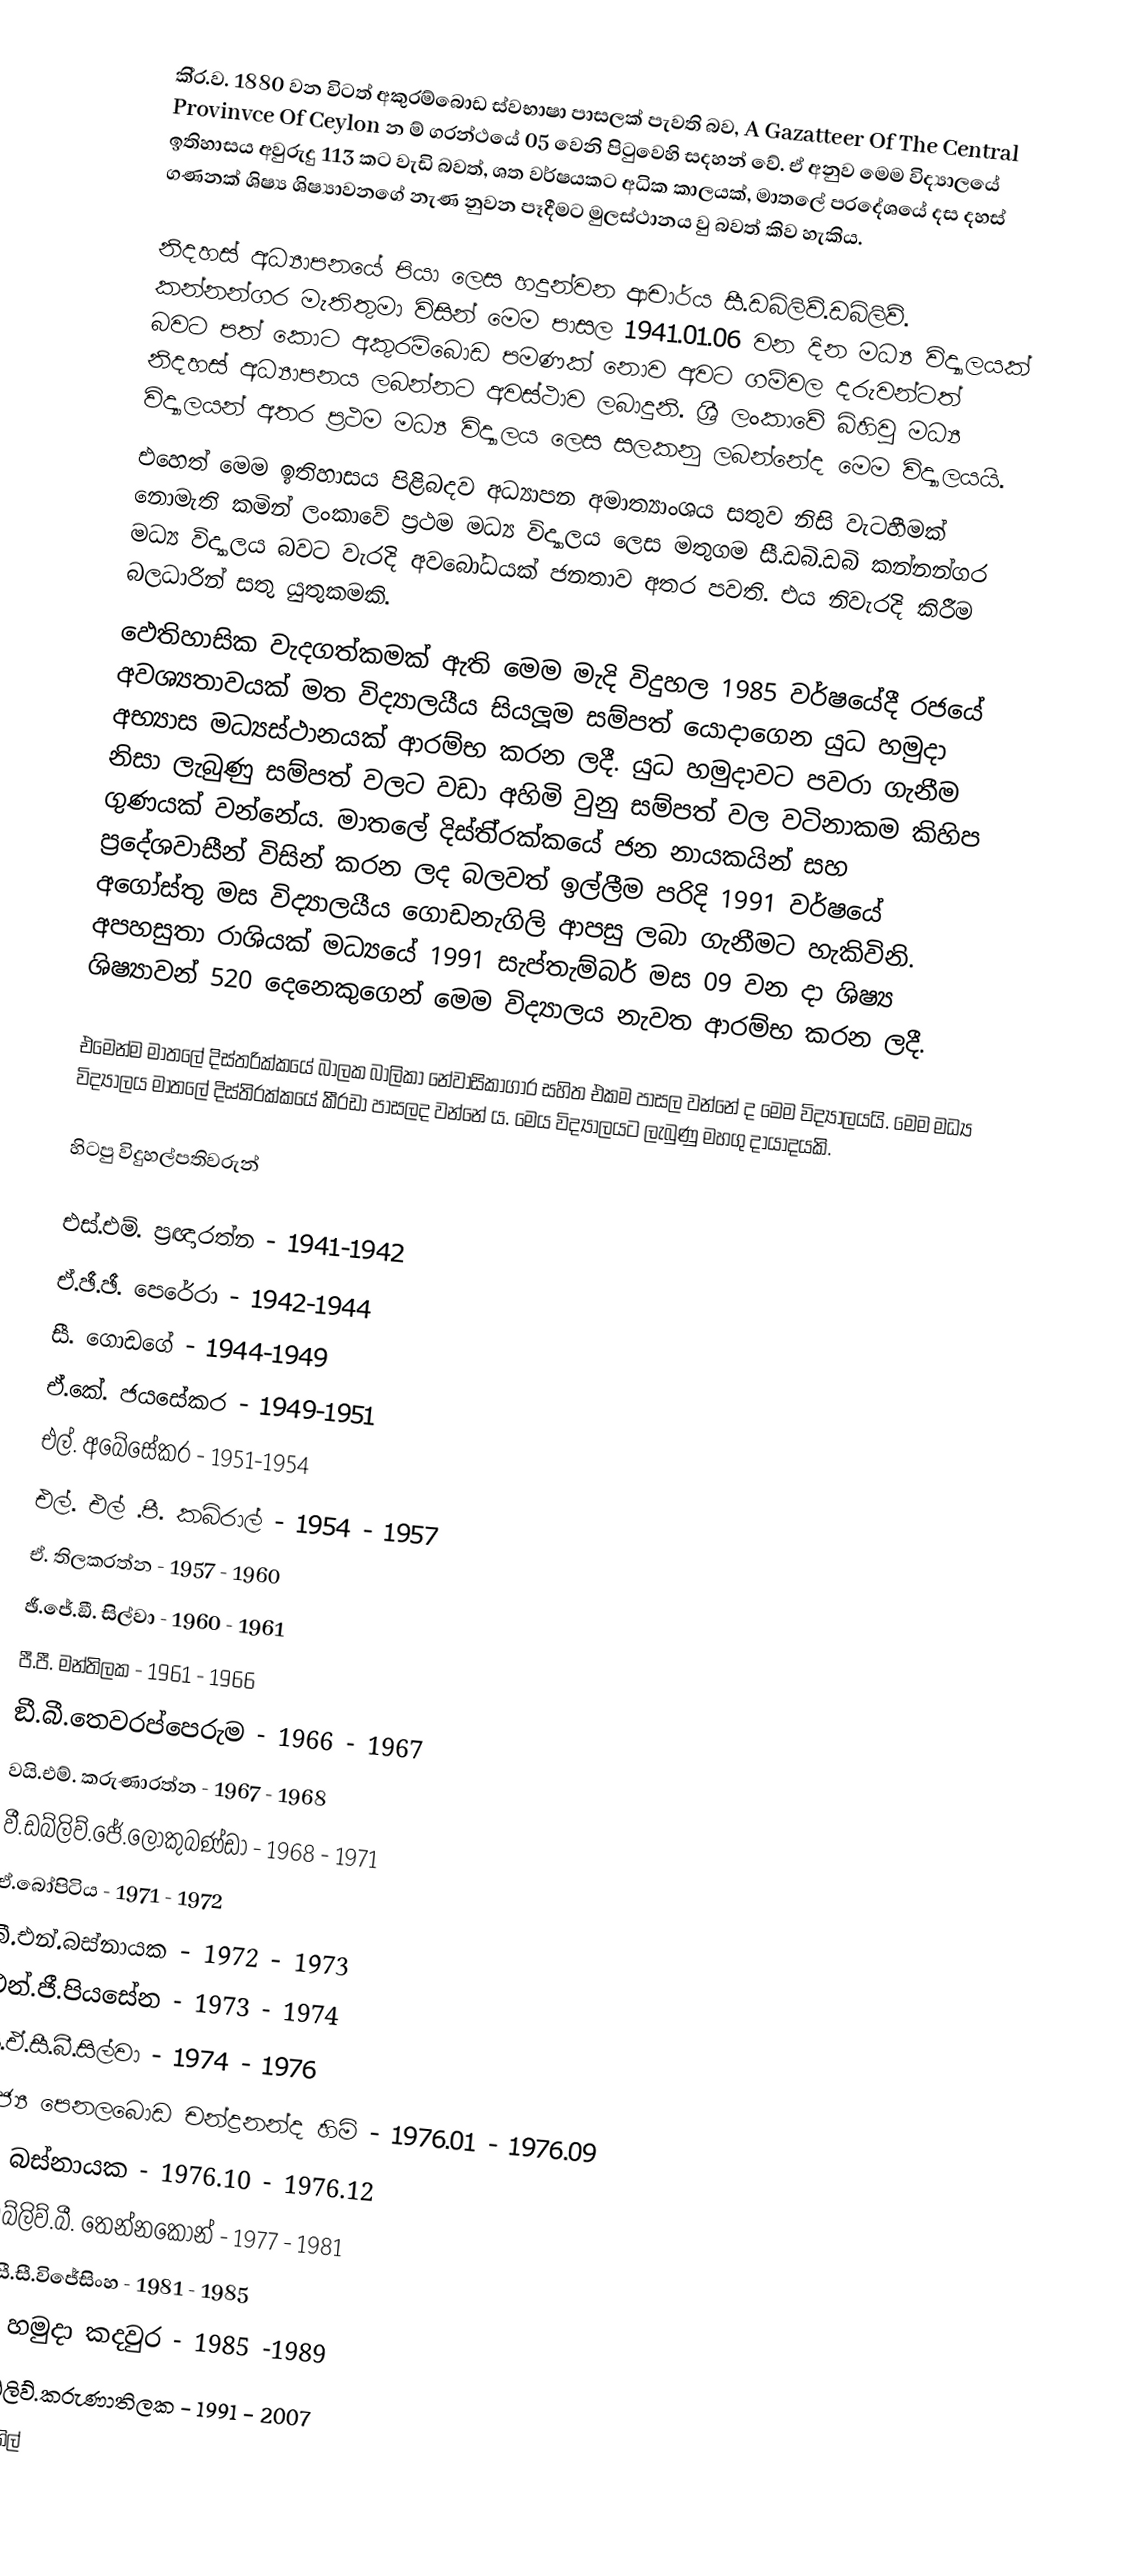
කි‍්‍ර.ව. 1880 වන විටත් අකුරම්බොඩ ස්වභාෂා පාසලක් පැවති බව, A Gazatteer Of The Central Provinvce Of Ceylon න ම් ග‍්‍රන්ථයේ 05 වෙනි පිටුවෙහි සදහන් වේ. ඒ අනුව මෙම විද්‍යාලයේ ඉතිහාසය අවුරුදු 113 කට වැඩි බවත්, ශත වර්ෂයකට අධික කාලයක්, මාතලේ ප‍්‍රදේශයේ දස දහස් ගණනක් ශිෂ්‍ය ශිෂ්‍යාවනගේ නැණ නුවන පෑදීමට මුලස්ථානය වු බවත් කිව හැකිය.

නිදහස් අධ්‍යාපනයේ පියා ලෙස හදුන්වන ආචාර්ය සී.ඩබ්ලිව්.ඩබ්ලිව්. කන්නන්ගර මැතිතුමා විසින් මෙම පාසල 1941.01.06 වන දින මධ්‍ය විද්‍යාලයක් බවට පත් කොට අකුරම්බොඩ පමණක් නොව අවට ගම්වල දරුවන්ටත් නිදහස් අධ්‍යාපනය ලබන්නට අවස්ථාව ලබාදුනි. ශ්‍රී ලංකාවේ බිහිවු මධ්‍ය විද්‍යාලයන් අතර ප්‍රථම මධ්‍ය විද්‍යාලය ලෙස සලකනු ලබන්නේද මෙම විද්‍යාලයයි.
 එහෙත්  මෙම ඉතිහාසය පිළිබදව අධ්‍යාපන අමාත්‍යාංශය සතුව නිසි වැටහීමක් නොමැති කමින් ලංකාවේ ප්‍රථම මධ්‍ය විද්‍යාලය ලෙස මතුගම සී.ඩබි.ඩබි කන්නන්ගර මධ්‍ය විද්‍යාලය බවට වැරදි අවබෝධයක් ජනතාව අතර  පවති. එය නිවැරදි කිරීම බලධාරින් සතු යුතුකමකි.
ඵෙතිහාසික වැදගත්කමක් ඇති මෙම මැදි විදුහල 1985 වර්ෂයේදී රජයේ අවශ්‍යතාවයක් මත විද්‍යාලයීය සියලූම සම්පත් යොදාගෙන යුධ හමුදා අභ්‍යාස මධ්‍යස්ථානයක් ආරම්භ කරන ලදී. යුධ හමුදාවට පවරා ගැනීම නිසා ලැබුණු සම්පත් වලට වඩා අහිමි වුනු සම්පත් වල වටිනාකම කිහිප ගුණයක් වන්නේය. මාතලේ දිස්ති‍්‍රක්කයේ ජන නායකයින් සහ ප‍්‍රදේශවාසීන් විසින් කරන ලද බලවත් ඉල්ලීම පරිදි 1991 වර්ෂයේ අගෝස්තු මස විද්‍යාලයීය ගොඩනැගිලි ආපසු ලබා ගැනීමට හැකිවිනි. අපහසුතා රාශියක් මධ්‍යයේ 1991 සැප්තැම්බර් මස 09 වන දා ශිෂ්‍ය ශිෂ්‍යාවන් 520 දෙනෙකුගෙන් මෙම විද්‍යාලය නැවත ආරම්භ කරන ලදී.

එමෙන්ම මාතලේ දිස්ත‍්‍රික්කයේ බාලක බාලිකා නේවාසිකාගාර සහිත එකම පාසල වන්නේ ද මෙම විද්‍යාලයයි. මෙම මධ්‍ය විද්‍යාලය මාතලේ දිස්ති‍්‍රක්කයේ කී‍්‍රඩා පාසලද වන්නේ ය. මෙය විද්‍යාලයට ලැබුණු මහගු දායාදයකි.

හිටපු විදුහල්පතිවරුන්

එස්.එම්. ප‍්‍රඥාරත්න - 1941-1942
ඒ.ඡී.ඡී. පෙරේරා - 1942-1944
සී. ගොඩගේ - 1944-1949
ඒ.කේ. ජයසේකර - 1949-1951
එල්. අබේසේකර - 1951-1954
එල්. එල් .පී. කබ්රාල් - 1954 - 1957
 ඒ. තිලකරත්න - 1957 - 1960
ඡී.ජේ.ඞී. සිල්වා - 1960 - 1961
පී.පී. මන්තිලක - 1961 - 1966
ඞී.බී.තෙවරප්පෙරුම - 1966 - 1967
වයි.එම්. කරුණාරත්න - 1967 - 1968
වී.ඩබ්ලිව්.ජේ.ලොකුබණ්ඩා - 1968 - 1971
ඒ.බෝපිටිය - 1971 - 1972
බී.එන්.බස්නායක - 1972 - 1973
එන්.ජී.පියසේන - 1973 - 1974
සී.ඒ.සී.බී.සිල්වා - 1974 - 1976
පුජ්‍ය පෙනලබොඩ චන්ද්‍රනන්ද හිමි - 1976.01 - 1976.09
සී. බස්නායක - 1976.10 - 1976.12
ඒ.ඩබ්ලිව්.බී. තෙන්නකෝන් - 1977 - 1981
එස්.සී.සී.විජේසිංහ - 1981 - 1985
 යුධ හමුදා කදවුර - 1985 -1989
 පී.ඩබ්ලිව්.කරුණාතිලක - 1991 - 2007
බී.ඒ.සුනිල්